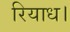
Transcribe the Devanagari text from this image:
रियाध।